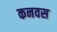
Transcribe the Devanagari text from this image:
कनवस